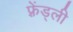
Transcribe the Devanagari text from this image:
फ़्रेंड्ली